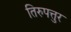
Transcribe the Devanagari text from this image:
तिरुपत्तुर